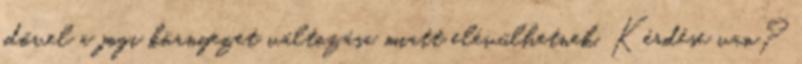
idővel a jogi környezet változása miatt elévülhetnek. Kérdése van?